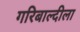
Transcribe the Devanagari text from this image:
गरिबाल्दीला